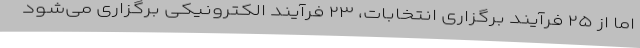
اما از ۲۵ فرآیند برگزاری انتخابات، ۲۳ فرآیند الکترونیکی برگزاری می‌شود